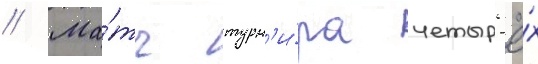
// Ма́тч турн'и́ра четыр'ё́х